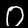
Digit: 0